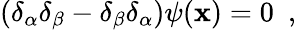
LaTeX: (\delta_{\alpha}\delta_{\beta}-\delta_{\beta}\delta_{\alpha})\psi(\mathbf{x})=0\, \, \, ,